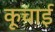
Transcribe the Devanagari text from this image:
कूचाई